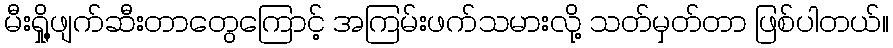
မီးရှို့ဖျက်ဆီးတာတွေကြောင့် အကြမ်းဖက်သမားလို့ သတ်မှတ်တာ ဖြစ်ပါတယ်။